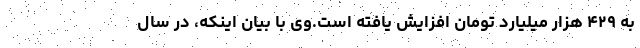
به ۴۲۹ هزار میلیارد تومان افزایش یافته است.وی با بیان اینکه، در سال